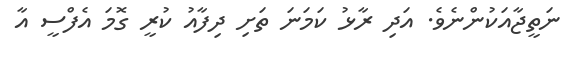
ނަތީޖާއަކުންނެވެ. އަދި ރާޅު ކަމަނަ ތަށި ދިފާއު ކުރީ ގޮމަ އެފްސީ އާ